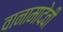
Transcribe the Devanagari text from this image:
वानामादेवी